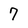
Character: 7